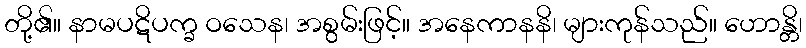
တို့၏။ နာမပဋိပက္ခ ဝသေန၊ အစွမ်းဖြင့်။ အနေကာနနိ၊ များကုန်သည်။ ဟောန္တိ၊